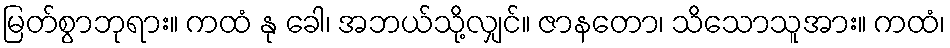
မြတ်စွာဘုရား။ ကထံ နု ခေါ၊ အဘယ်သို့လျှင်။ ဇာနတော၊ သိသောသူအား။ ကထံ၊